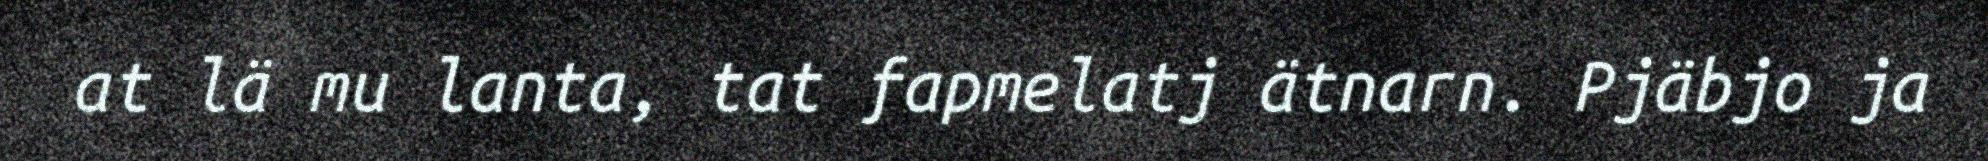
at lä mu lanta, tat fapmelatj ätnarn. Pjäbjo ja